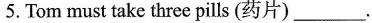
5. Tom must take three pills (药片) ___.